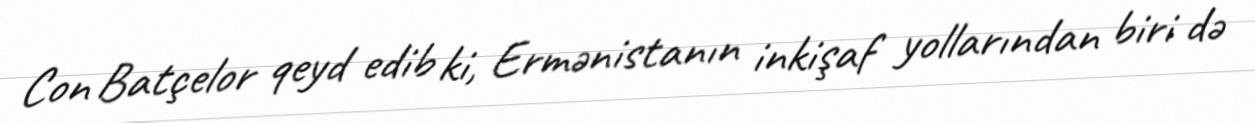
Con Batçelor qeyd edib ki, Ermənistanın inkişaf yollarından biri də